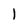
Character: l